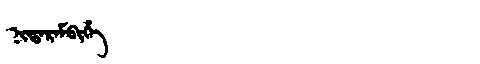
Manchu: ᠨᡳᡨᠠᡵᠠᠮᠪᡳᡥᡝ
Romanization: NITARAMBIHE